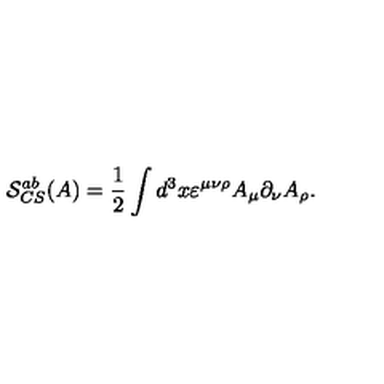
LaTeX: \mathcal { S } _ { C S } ^ { a b } ( A ) = \frac 1 2 \int d ^ { 3 } x \varepsilon ^ { \mu \nu \rho } A _ { \mu } \partial _ { \nu } A _ { \rho } .